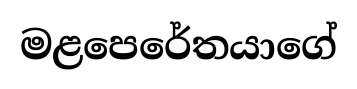
මළපෙරේතයාගේ